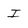
Character: I